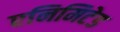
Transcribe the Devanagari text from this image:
एनिमिटेड